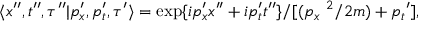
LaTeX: \langle x ^ { \prime \prime } , t ^ { \prime \prime } , \tau ^ { \prime \prime } | p _ { x } ^ { \prime } , p _ { t } ^ { \prime } , \tau ^ { \prime } \rangle = \exp \{ i p _ { x } ^ { \prime } x ^ { \prime \prime } + i p _ { t } ^ { \prime } t ^ { \prime \prime } \} / [ ( { p _ { x } } ^ { \ 2 } / 2 m ) + { p _ { t } } ^ { \prime } ] ,